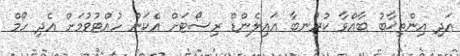
އަދި އިންތިޚާބު ބާއްވާ ކުރުނބާ އައިލެންޑް ރިސޯޓަށް އެކަން ހުއްޓުވުމަށް އެދި ހޯމް